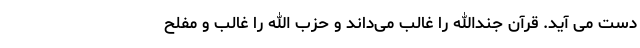
دست می آید. قرآن جندالله را غالب می‌داند و حزب الله را غالب و مفلح